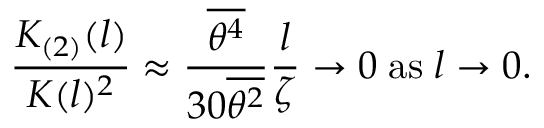
{ \frac { K _ { ( 2 ) } ( l ) } { K ( l ) ^ { 2 } } } \approx { \frac { \overline { { { \theta ^ { 4 } } } } } { 3 0 \overline { { { \theta ^ { 2 } } } } } } { \frac { l } { \zeta } } \to 0 \; \mathrm { a s } \; l \to 0 .